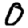
Digit: 0